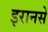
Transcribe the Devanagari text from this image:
इरानसे